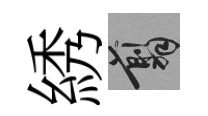
綉翦